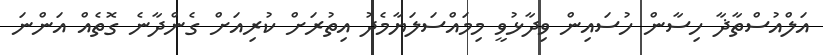
އަލްއުސްތާޛާ ހިސާން ހުސައިން ވިދާޅުވީ މިމައްސަލަޔާމެދު އިތުރަށް ކުރިއަށް ގެންދާނެ ގޮތެއް އަންނަ